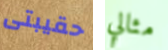
حقيبتى مثالي